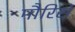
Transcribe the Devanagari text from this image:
मौरिसे